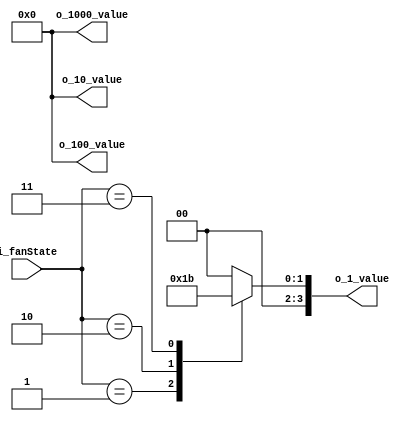
`timescale 1ns / 1ps

module FNDValue(
    input [2:0] i_fanState,
    output [3:0] o_1000_value, o_100_value, o_10_value, o_1_value
    );

    reg [3:0] r_1000_value, r_100_value, r_10_value, r_1_value;
    assign o_1000_value = r_1000_value;
    assign o_100_value = r_100_value;
    assign o_10_value = r_10_value;
    assign o_1_value = r_1_value;

    always @(*) begin
        r_1000_value = 4'd0;
        r_100_value = 4'd0;
        r_10_value = 4'd0;
        r_1_value = 4'd0;
        case (i_fanState)
            3'd0 : r_1_value = 4'd0;
            3'd1 : r_1_value = 4'd1;
            3'd2 : r_1_value = 4'd2;
            3'd3 : r_1_value = 4'd3;
        endcase
    end
endmodule